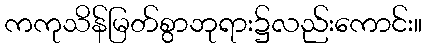
ကကုသိန်မြတ်စွာဘုရား၌လည်းကောင်း။